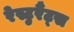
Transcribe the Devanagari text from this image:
रेस्टुरैंट्स